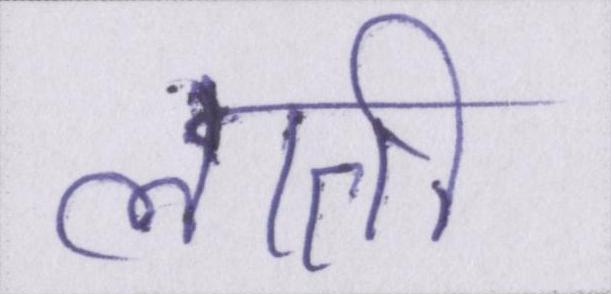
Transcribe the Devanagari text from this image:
लाती